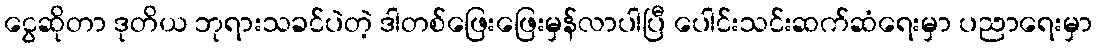
ငွေဆိုတာ ဒုတိယ ဘုရားသခင်ပဲတဲ့ ဒါတစ်ဖြေးဖြေးမှန်လာပါပြီ ပေါင်းသင်းဆက်ဆံရေးမှာ ပညာရေးမှာ